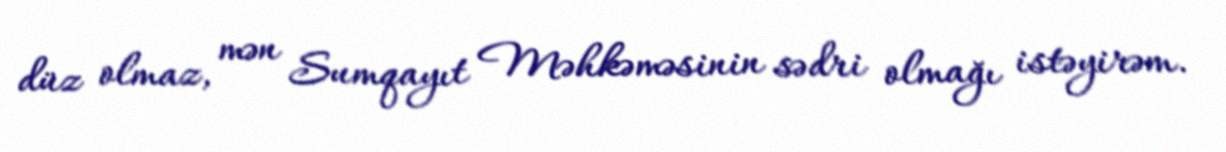
düz olmaz, mən Sumqayıt Məhkəməsinin sədri olmağı istəyirəm.